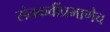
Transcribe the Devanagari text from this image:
संतकवींप्रमाणेच